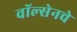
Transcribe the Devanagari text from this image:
वॉल्सेनचे